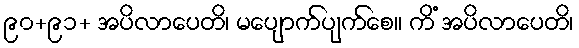
၉၀+၉၁+ အပိလာပေတိ၊ မပျောက်ပျက်စေ။ ကိံ အပိလာပေတိ၊